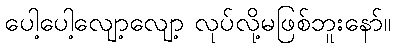
ပေါ့ပေါ့လျော့လျော့ လုပ်လို့မဖြစ်ဘူးနော်။